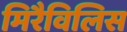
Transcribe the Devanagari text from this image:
मिरैविलिस